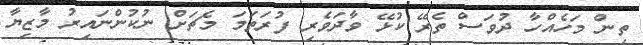
ތިން މަހެއްހާ ދުވަސް ތެރޭ ކުޅޭ ވާދަވެރި ފުރަތަމަ މެޗަށް ނުކުންނައިރު މާޒިޔާ